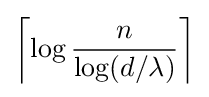
\left\lceil \log {\frac {n}{\log(d/\lambda )}}\right\rceil